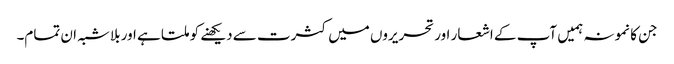
جن کا نمونہ ہمیں آپ کے اشعار اور تحریروں میں کثرت سے دیکھنے کو ملتا ہے اور بلاشبہ ان تمام۔